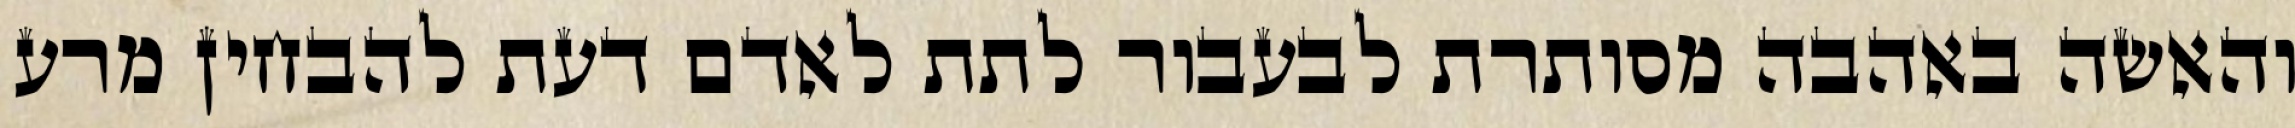
והאשה באהבה מסותרת לבעבור לתת לאדם דעת להבחין מרע